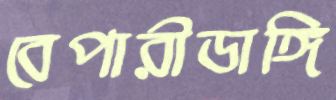
বেপারীডাঙ্গি